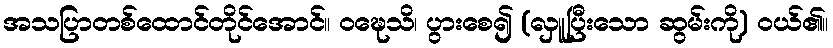
အသပြာတစ်ထောင်တိုင်အောင်။ ဝဍ္ဎေသိ၊ ပွားစေ၍ (လှူပြီးသော ဆွမ်းကို) ဝယ်၏။